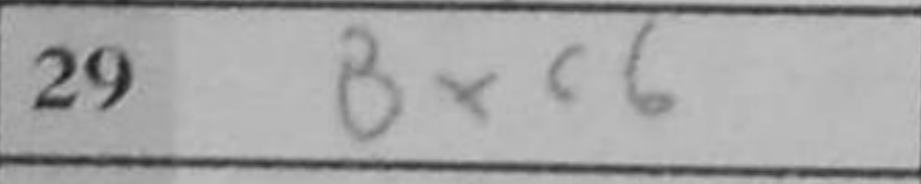
Transcription: Bxc6